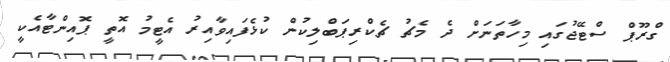
ގްރޫޕް ސްޓޭޖުގައި މިހާތަނަށް ދެ މެޗު ޗެކްރިޕަބްލިކުން ކުޅެފައިވާއިރު އެޓީމު އޮތީ ޕޮއިންޓާއެކީ